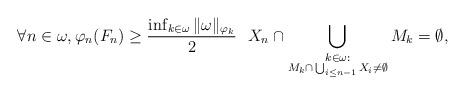
LaTeX: \begin{align*}\forall n \in \omega,\varphi_n(F_n) \ge \frac{\inf_{k \in \omega}\| \omega\|_{\varphi_k}}{2} \,\,\,\,X_n \cap \bigcup_{\substack{k \in \omega: \\ M_k \cap \,\bigcup_{i\le n-1}X_i \neq \emptyset}} M_k =\emptyset,\end{align*}